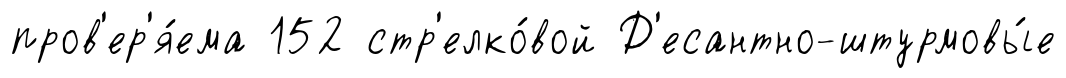
пров'ер'я́ема 152 стр'елко́вой Д'есантно-штурмовы́е